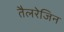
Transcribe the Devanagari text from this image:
तैलरेजिन